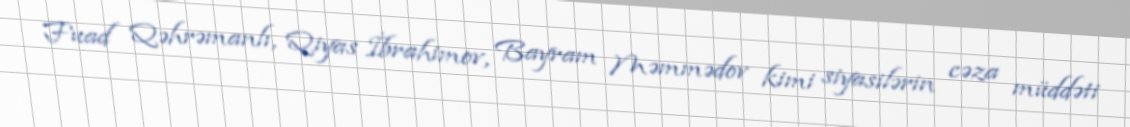
Fuad Qəhrəmanlı, Qiyas İbrahimov, Bayram Məmmədov kimi siyasilərin cəza müddəti